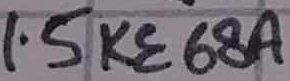
Text: 1.5 KE 68A